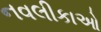
નવલીકાઓ